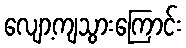
လျော့ကျသွားကြောင်း